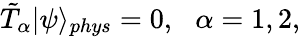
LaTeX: \tilde{T}_{\alpha}|\psi\rangle_{phys}=0,\, \, \, \, \alpha=1,2,